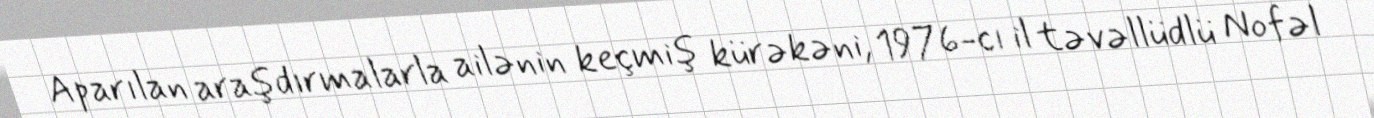
Aparılan araşdırmalarla ailənin keçmiş kürəkəni, 1976-cı il təvəllüdlü Nofəl